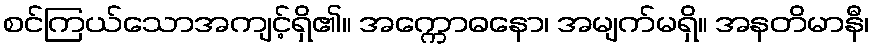
စင်ကြယ်သောအကျင့်ရှိ၏။ အက္ကောဓနော၊ အမျက်မရှိ။ အနတိမာနီ၊